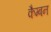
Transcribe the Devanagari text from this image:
कैम्बन